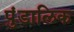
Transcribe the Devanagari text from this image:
पुंडालिक